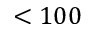
< 1 0 0